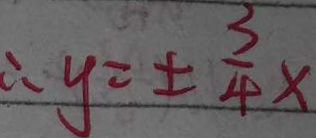
\therefore y = \pm \frac { 3 } { 4 } x